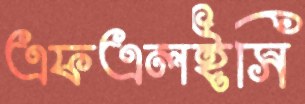
এফএলইসি